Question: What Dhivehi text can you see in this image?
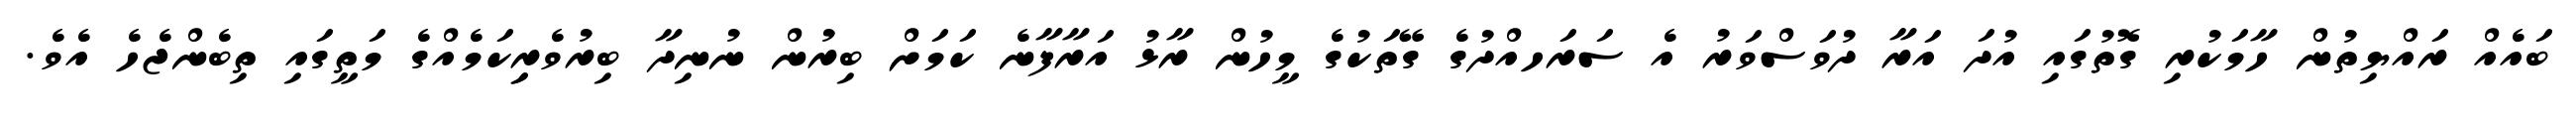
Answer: ބައެއް ރައްޔިތުން ހާމަކުރި ގޮތުގައި އުދަ އަރާ ދުވަސްވަރު އެ ސަރަހއްދުގެ ގޭތަކުގެ މީހުން ރާޅު އަރާފާނެ ކަމަށް ބިރުން ނުނިދާ ބިރުވެރިިކަމެއްގެ މަތީގައި ތިބެންޖެހެ އެވެ.